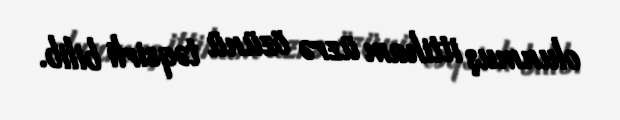
olunmuş ittiham üzrə özünü təqsirli bilib.